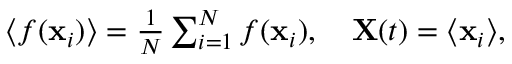
\begin{array} { r } { \langle f ( \mathbf { x } _ { i } ) \rangle = \frac { 1 } { N } \sum _ { i = 1 } ^ { N } f ( \mathbf { x } _ { i } ) , \quad \mathbf { X } ( t ) = \langle \mathbf { x } _ { i } \rangle , } \end{array}